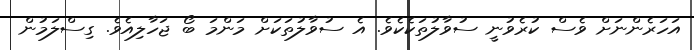
އަހަރެންނަށް ވެސް ކުރެވުނީ ސުވާލުތަކެކެވެ. އެ ސުވާލުތަކަށް މަންމަ ބޯ ޖަހާލިއެވެ. ގިސްލަމުން